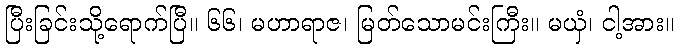
ပြီးခြင်းသို့ရောက်ပြီ။ ၆၆၊ မဟာရာဇ၊ မြတ်သောမင်းကြီး။ မယှံ၊ ငါ့အား။